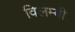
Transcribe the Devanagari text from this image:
विलम्बी